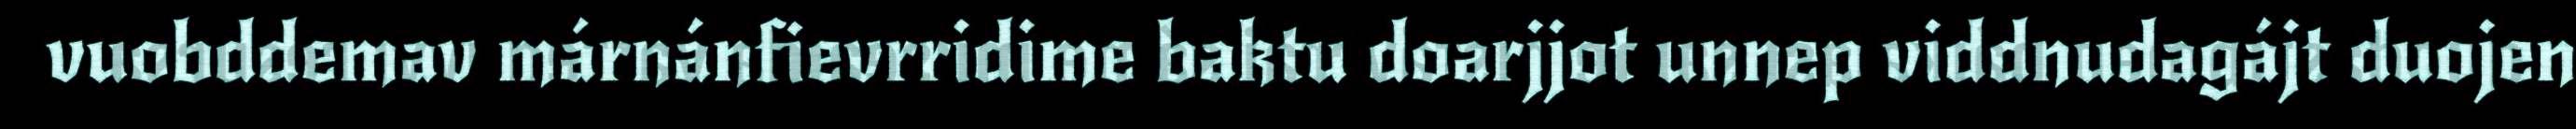
vuobddemav márnánfievrridime baktu doarjjot unnep viddnudagájt duojen